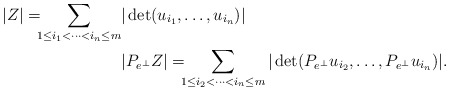
\begin{align*}|Z|=\!\!\!\sum_{1\le i_1<\cdots<i_n \le m}&|\det(u_{i_1},\dots,u_{i_n})|\\&|P_{e^\bot}Z|=\!\!\!\sum_{1\le i_2<\cdots<i_n\le m}|\det(P_{e^\bot}u_{i_2},\dots,P_{e^\bot}u_{i_n})|.\end{align*}